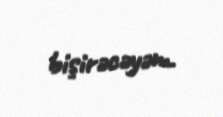
bişirəcəyəm.